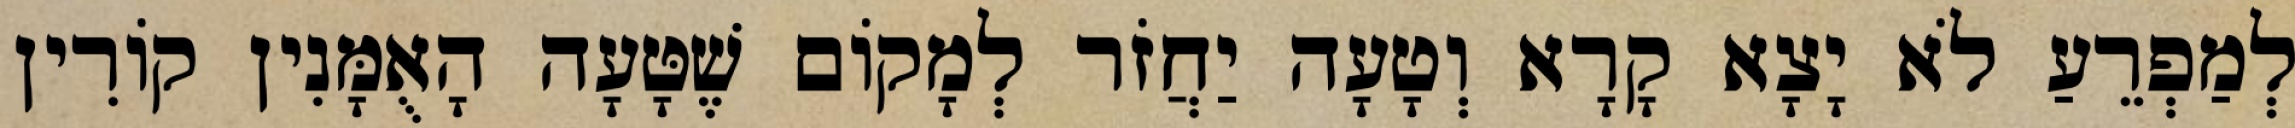
לְמַפְרֵעַ לֹא יָצָא קָרָא וְטָעָה יַחֲזֹר לְמָקוֹם שֶׁטָּעָה הָאֻמָּנִין קוֹרִין